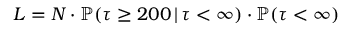
L = N \cdot \mathbb { P } ( \tau \geq 2 0 0 \, | \, \tau < \infty ) \cdot \mathbb { P } ( \tau < \infty )